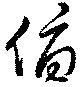
俯